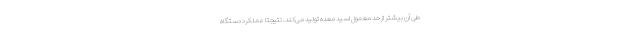
طی آن بیشتر از حد معمول اسید معده تولید می‌کند. نتیجتا عملکرد دستگاه